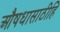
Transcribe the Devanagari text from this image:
औषधासाठीहि